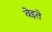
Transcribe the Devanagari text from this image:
वेइते